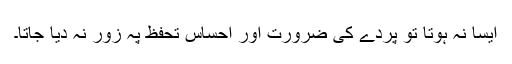
ایسا نہ ہوتا تو پردے کی ضرورت اور احساس تحفظ پہ زور نہ دیا جاتا۔